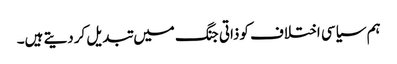
ہم سیاسی اختلاف کوذاتی جنگ میں تبدیل کردیتے ہیں۔